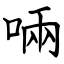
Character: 啢